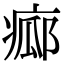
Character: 𤷸